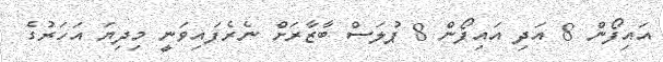
އައިފޯން 8 އަދި އައިފޯން 8 ޕުލަސް ބާޒާރަށް ނެރެފައިވަނީ މިދިޔަ އަހަރުގެ